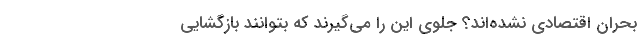
بحران اقتصادی نشده‌اند؟ جلوی این را می‌گیرند که بتوانند بازگشایی